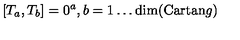
[ T _ { a } , T _ { b } ] = 0 \sp a , b = 1 \ldots \mathrm { d i m } ( \mathrm { C a r t a n } g )